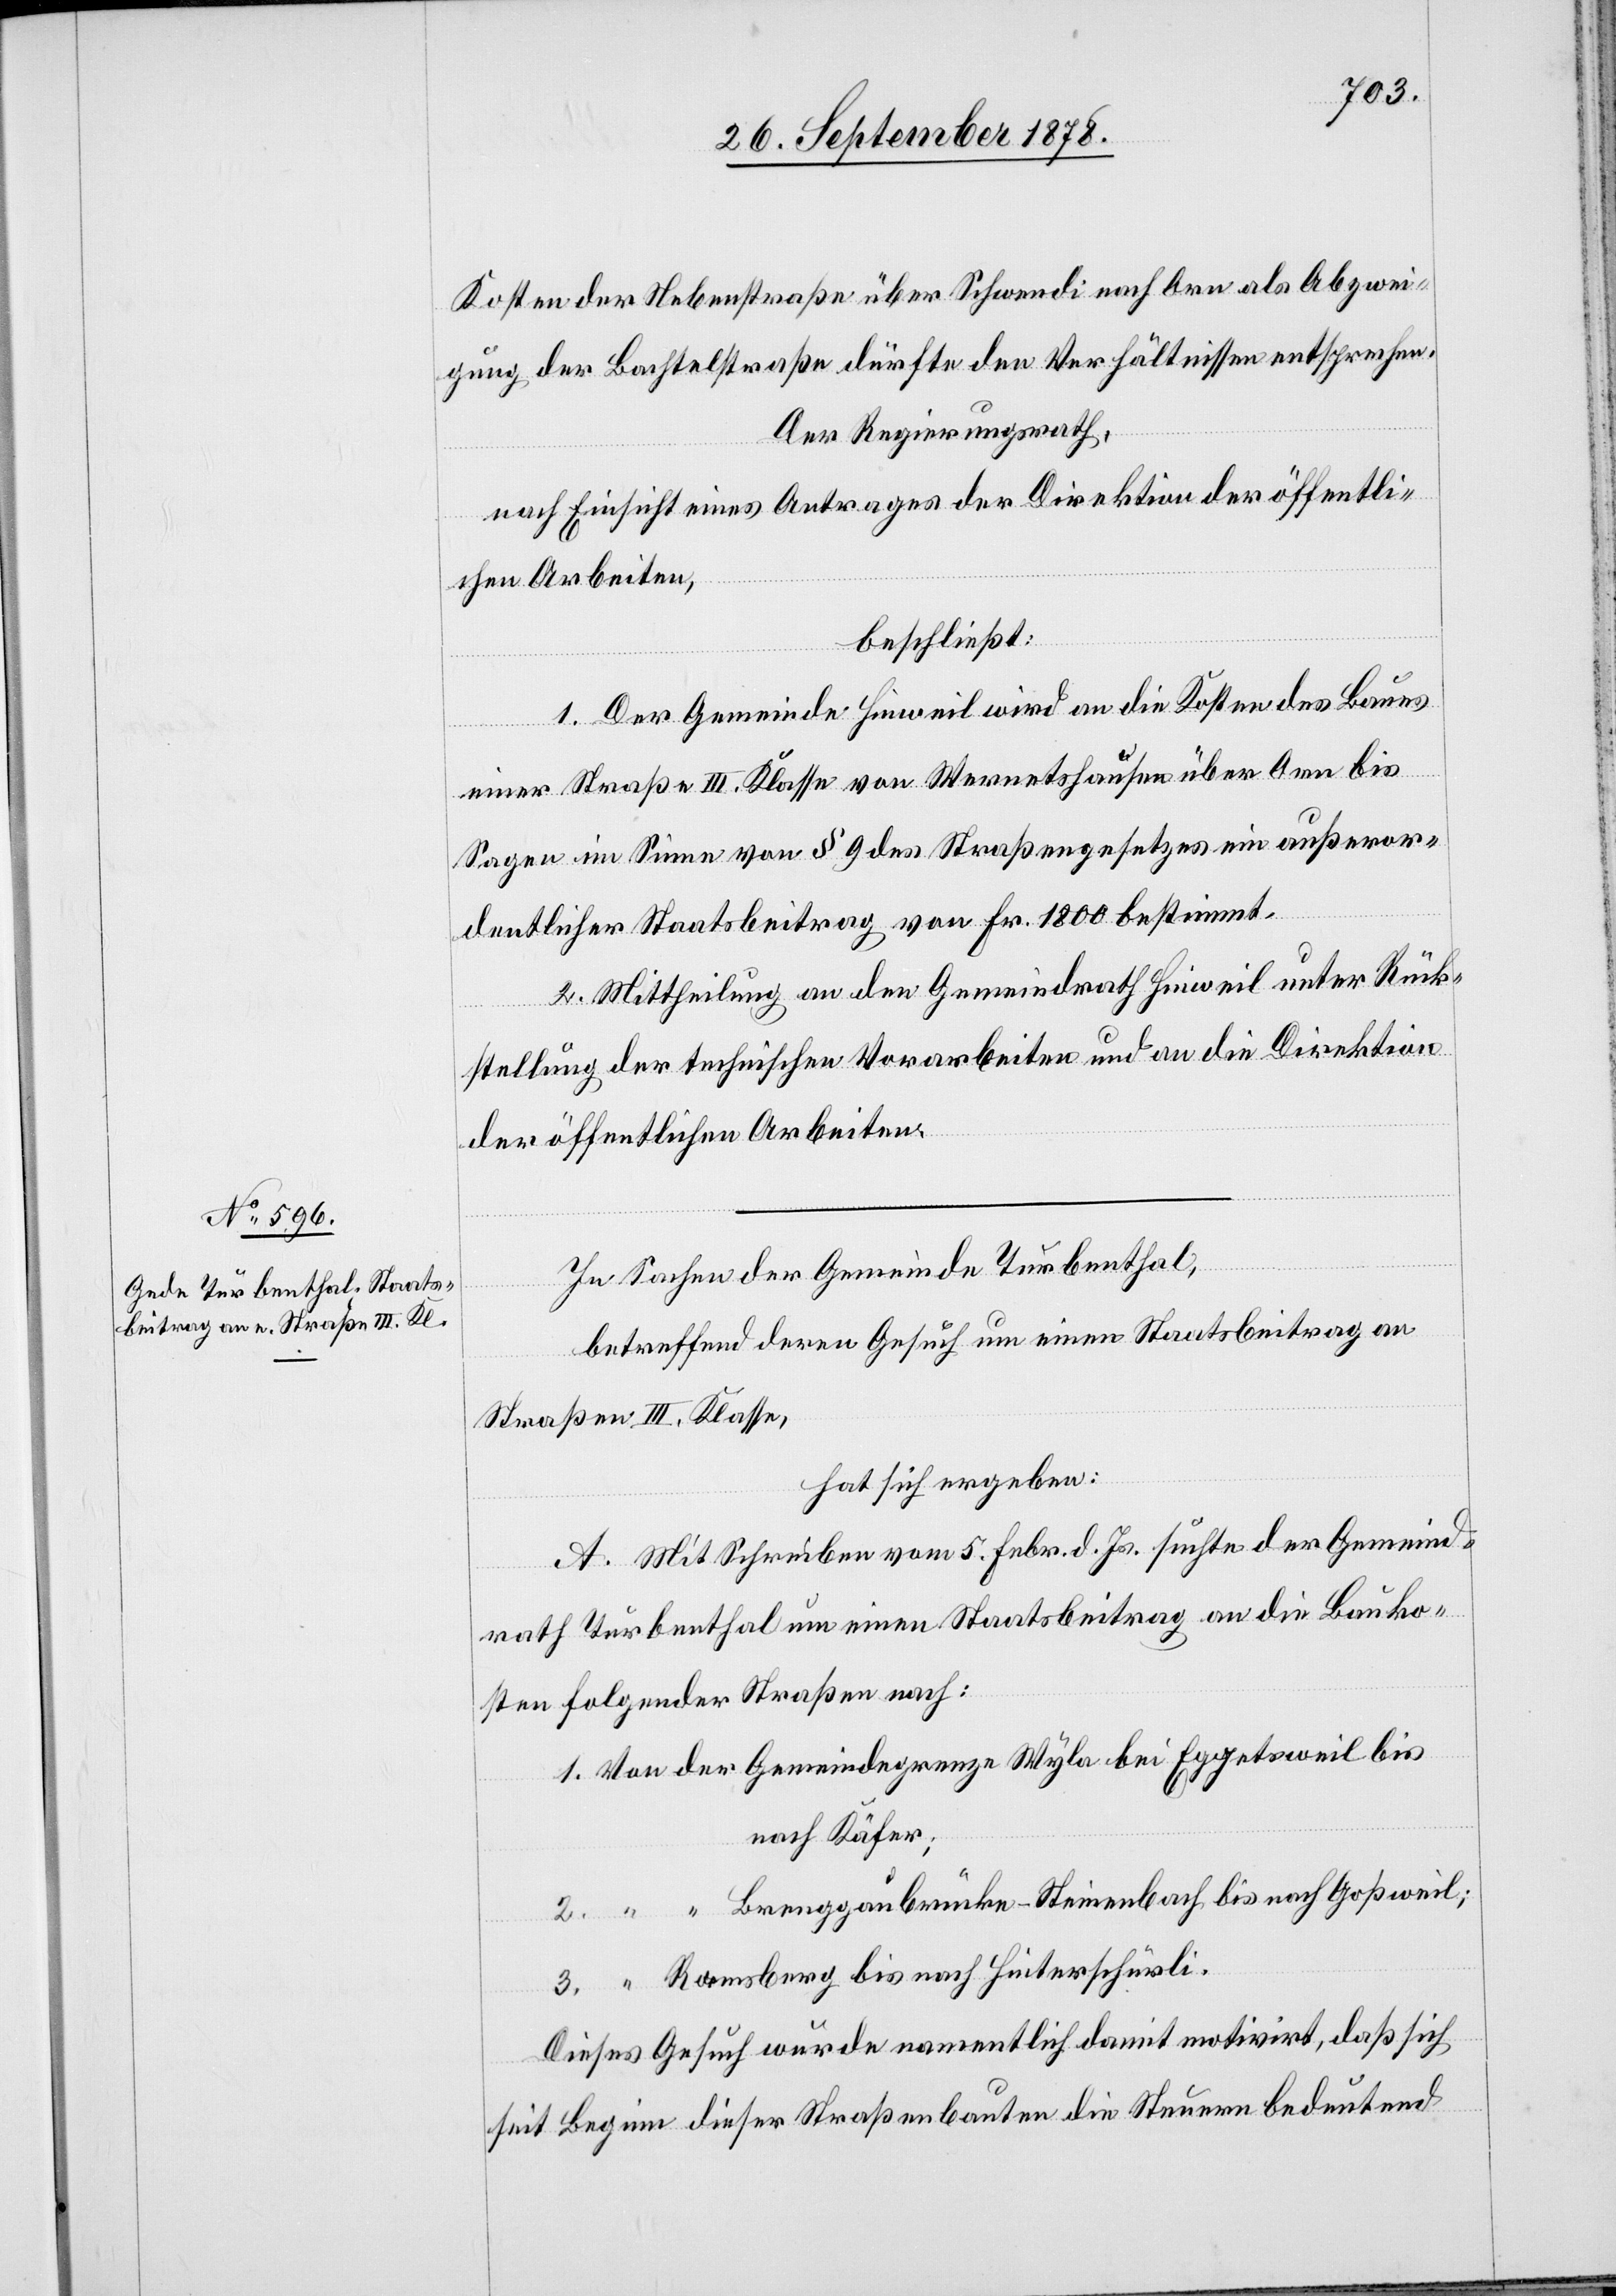
Kosten der Nebenstraße über Schwendi nach Orn als Abzwei¬
gung der Bachtelstraße dürfte den Verhältnissen entsprechen.
Der Regierungsrath,
nach Einsicht eines Antrages der Direktion der öffentli¬
chen Arbeiten,
beschließt:
1. Der Gemeinde Hinweil wird an die Kosten des Baues
2.
einer Straße III. Klasse von Wernetshausen über Orn bis
Sagen im Sinne von § 9 des Straßengesetzes ein außeror¬
dentlicher Staatsbeitrag von Fr. 1800 bestimmt.
2. Mittheilung an den Gemeindrath Hinweil unter Rück¬
stellung der technischen Vorarbeiten und an die Direktion
der öffentlichen Arbeiten.
In Sachen der Gemeinde Turbenthal,
betreffend deren Gesuch um einen Staatsbeitrag an
Straßen III. Klasse,
hat sich ergeben:
A. Mit Schreiben vom 5. Febr. d. Js. suchte der Gemeind¬
rath Turbenthal um einen Staatsbeitrag an die Bauko¬
sten folgender Straßen nach:
1. Von der Gemeindegrenze Wyla bei Eggetsweil bis
nach Käfer;
Breggaubrücke - Steinenbach bis nach Goßweil;
3. “ Ramsberg bis nach Hinterschürli.
Dieses Gesuch wurde namentlich damit motivirt, daß sich
seit Beginn dieser Straßenbauten die Steuern bedeutend